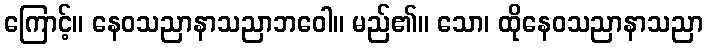
ကြောင့်။ နေဝသညာနာသညာဘဝေါ။ မည်၏။ သော၊ ထိုနေဝသညာနာသညာ